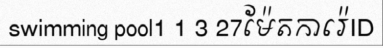
swimming pool1 1 3 27ម៉ែតការ៉េID